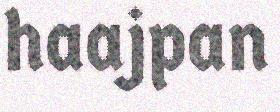
haajpan